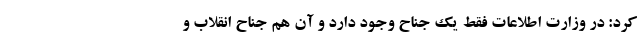
کرد: در وزارت اطلاعات فقط یک جناح وجود دارد و آن هم جناح انقلاب و